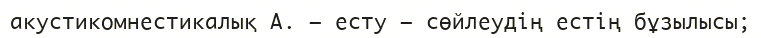
акустикомнестикалық А. – есту – сөйлеудің естің бұзылысы;